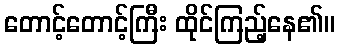
တောင့်တောင့်ကြီး ထိုင်ကြည့်နေ၏။